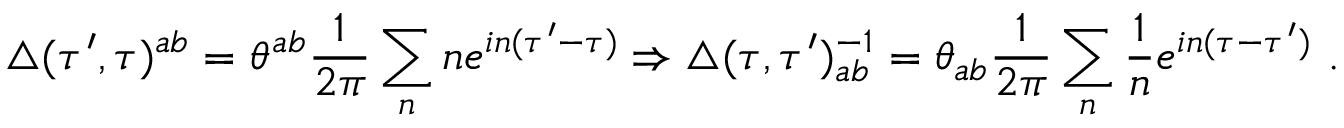
\triangle ( \tau ^ { \prime } , \tau ) ^ { a b } = \theta ^ { a b } \frac { 1 } { 2 \pi } \sum _ { n } n e ^ { i n ( \tau ^ { \prime } - \tau ) } \Rightarrow \triangle ( \tau , \tau ^ { \prime } ) _ { a b } ^ { - 1 } = \theta _ { a b } \frac { 1 } { 2 \pi } \sum _ { n } \frac { 1 } { n } e ^ { i n ( \tau - \tau ^ { \prime } ) } \ .